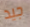
جيد